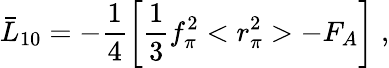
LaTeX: \bar{L}_{10}=-\frac{1}{4}\left[\frac{1}{3}f_{\pi}^{2}<r_{\pi}^{2}>-F_{A}\right]\; ,